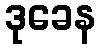
ဒုခေန